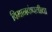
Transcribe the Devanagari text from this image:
विमानकंपनीचा